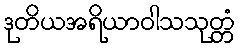
ဒုတိယအရိယာဝါသသုတ္တံ